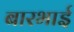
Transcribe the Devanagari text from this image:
बारभाई